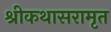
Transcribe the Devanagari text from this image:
श्रीकथासरामृत